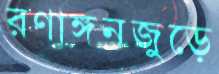
রণাঙ্গনজুড়ে